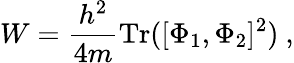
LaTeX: W={\frac{h^{2}}{4m}}\mathrm{Tr}([\Phi_{1},\Phi_{2}]^{2})\ ,